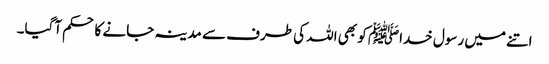
اتنے میں رسول خداﷺ کو بھی اللہ کی طرف سے مدینہ جانے کا حکم آگیا۔